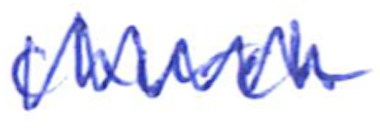
Text: church
Cross-out: zig-zag
Writing tool: ballpoint